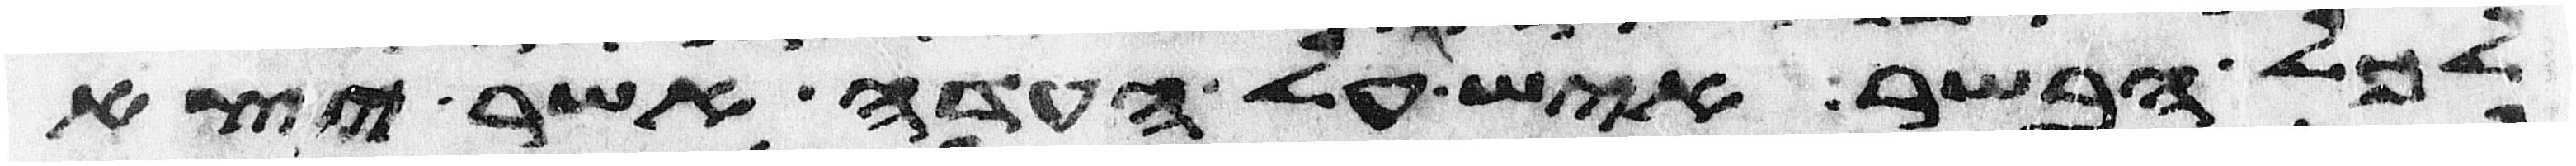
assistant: לכל הבשר איש על העדה אשר יצא